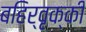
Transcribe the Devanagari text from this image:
बहिर्वृक्की